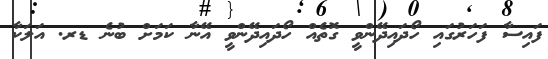
ފައިސާ ފަހަރުގައި ހޯދައިދޭންވީ ގޮތެއް ހޯދައިދޭންވީ އޭނާ ކަމަށް ބުނެ ޑރ. އަލަކާ